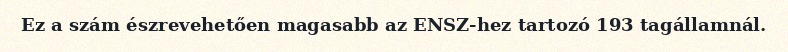
Ez a szám észrevehetően magasabb az ENSZ-hez tartozó 193 tagállamnál.